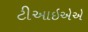
ટીઆઇએએ